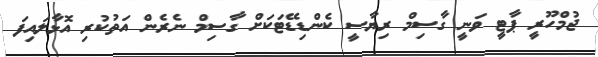
ޖުމްހޫރީ ޕާޓީ ވަނީ ގާސިމް ރިޔާސީ ކެންޑިޑޭޓަކަށް ގާސިމް ނެރެން އަތުކުރި އޮޅާލައިފަ